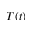
T ( t )